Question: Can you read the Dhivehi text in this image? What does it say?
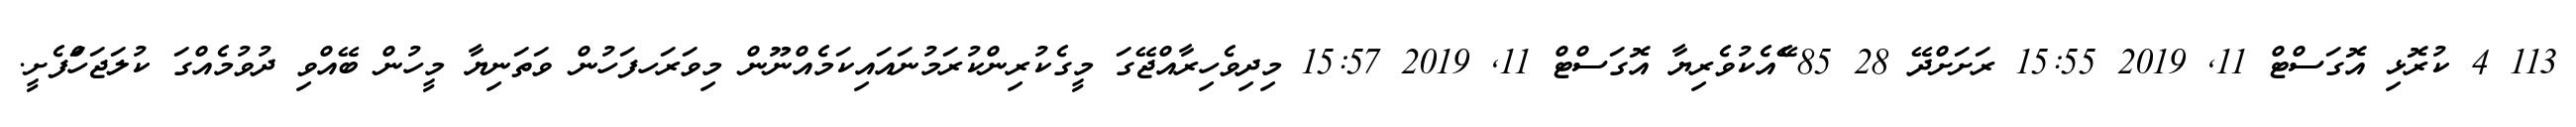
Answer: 113 4 ކުރޮޅި އޮގަސްޓް 11, 2019 15:55 ރަށަށްދޭ 28 85 ޭެއެކުވެރިޔާ އޮގަސްޓް 11, 2019 15:57 މިދިވެހިރާއްޖޭގަ މީގެކުރިންކުރަމުނައައިކަމެއްނޫން މިވަރަހފަހުން ވަތަނިޔާ މީހުން ބޭއްވި ދުވުމެއްގަ ކުލަޖަހަްފެށީ.